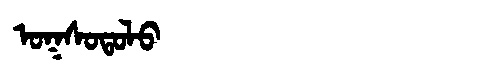
Manchu: ᠣᡴᠰᠣᡨᠣᠯᠣ
Romanization: OKSOTOLO